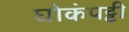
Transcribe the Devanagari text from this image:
घोकंपट्टी